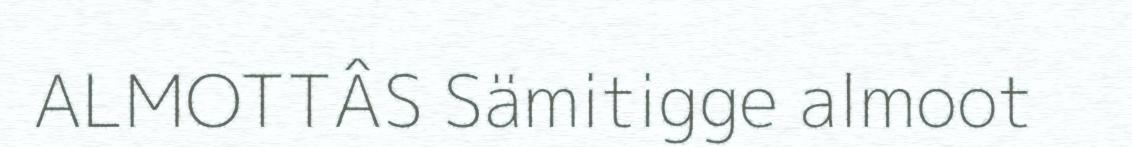
ALMOTTÂS Sämitigge almoot